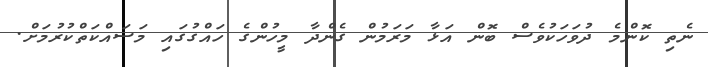
ނެތި ކޮންމެ ދުވަހަކުވެސް ބޮން އަޅާ މަރަމުން ގެންދާ މީހުންގެ ހައްގުގައި މަސައްކަތްކުރުމަށް.